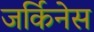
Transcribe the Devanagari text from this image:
जर्किनेस